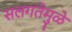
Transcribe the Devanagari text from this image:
सलगतेमुळे